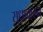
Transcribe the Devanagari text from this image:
सुधाकरन